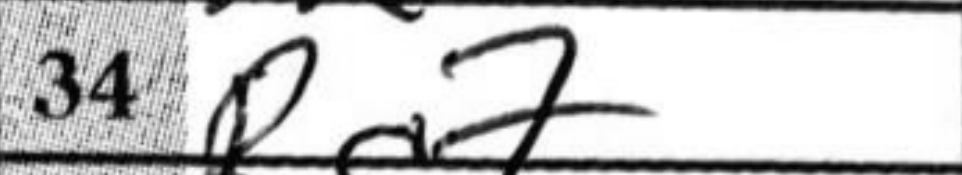
Transcription: Rc7